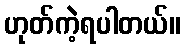
ဟုတ်ကဲ့ရပါတယ်။